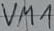
Text: VM1